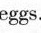
eggs.